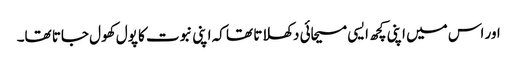
اور اس میں اپنی کچھ ایسی مسیحائی دکھلاتا تھا کہ اپنی نبوت کا پول کھول جاتا تھا۔